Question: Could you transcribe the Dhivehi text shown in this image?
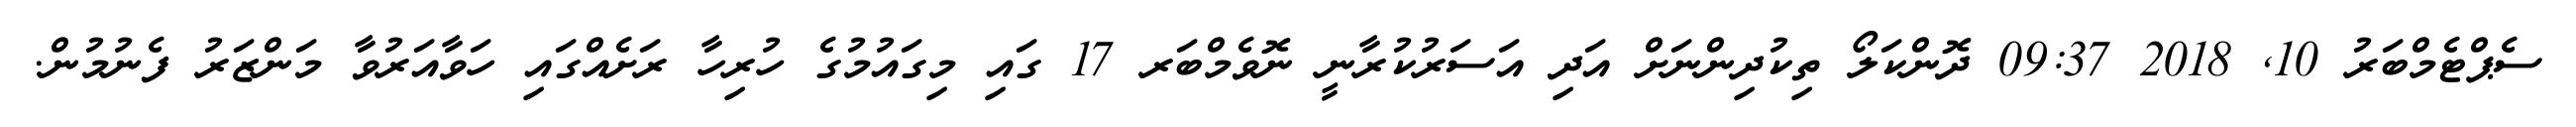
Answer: ސެޕްޓެމްބަރު 10, 2018 09:37 ދޮންކަލޯ ތިކުދިންނަށް އަދި އަސަރުކުރާނީ ނޮވެމްބަރ 17 ގައި މިގައުމުގެ ހުރިހާ ރަށެއްގައި ހަވާއަރުވާ މަންޒަރު ފެނުމުން.